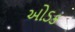
ઓડક